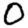
Digit: 0